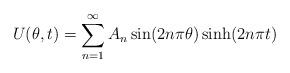
LaTeX: \begin{align*}\begin{aligned}U(\theta,t)= \sum_{n=1}^{\infty}A_n \sin(2n\pi\theta)\sinh(2n\pi t)\\\end{aligned}\end{align*}